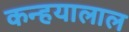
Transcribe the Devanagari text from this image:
कन्हयालाल